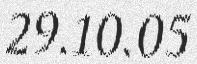
29.10.05